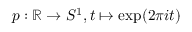
p : \mathbb { R } \to S ^ { 1 } , t \mapsto \exp ( 2 \pi i t )